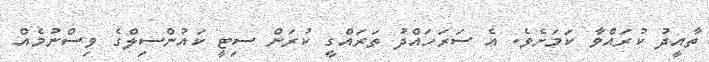
ތާއީދު ކުރައްވާ ކަމަށެވެ. އެ ސަރަހައްދު ތަރައްގީ ކުރަން ސިޓީ ކައުންސިލްގެ ވިސްނުމެއް